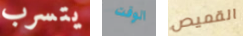
يتسرب الوقت القميص